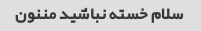
سلام خسته نباشید مننون